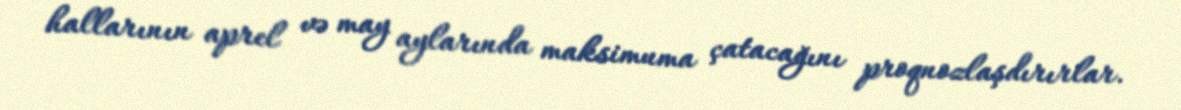
hallarının aprel və may aylarında maksimuma çatacağını proqnozlaşdırırlar.